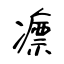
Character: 瘭